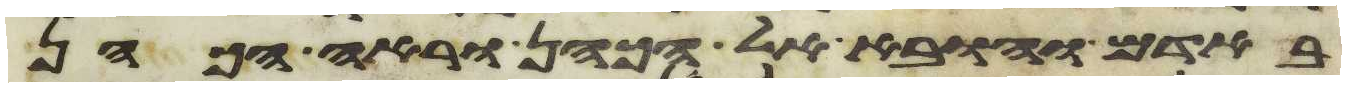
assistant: באדם והובא אל הכהן וראה הכהן